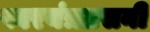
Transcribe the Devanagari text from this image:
स्वरयंत्रग्रसनी